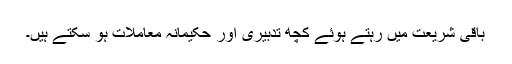
باقی شریعت میں رہتے ہوئے کچھ تدبیری اور حکیمانہ معاملات ہو سکتے ہیں۔